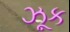
ઝૂક